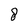
Character: 8